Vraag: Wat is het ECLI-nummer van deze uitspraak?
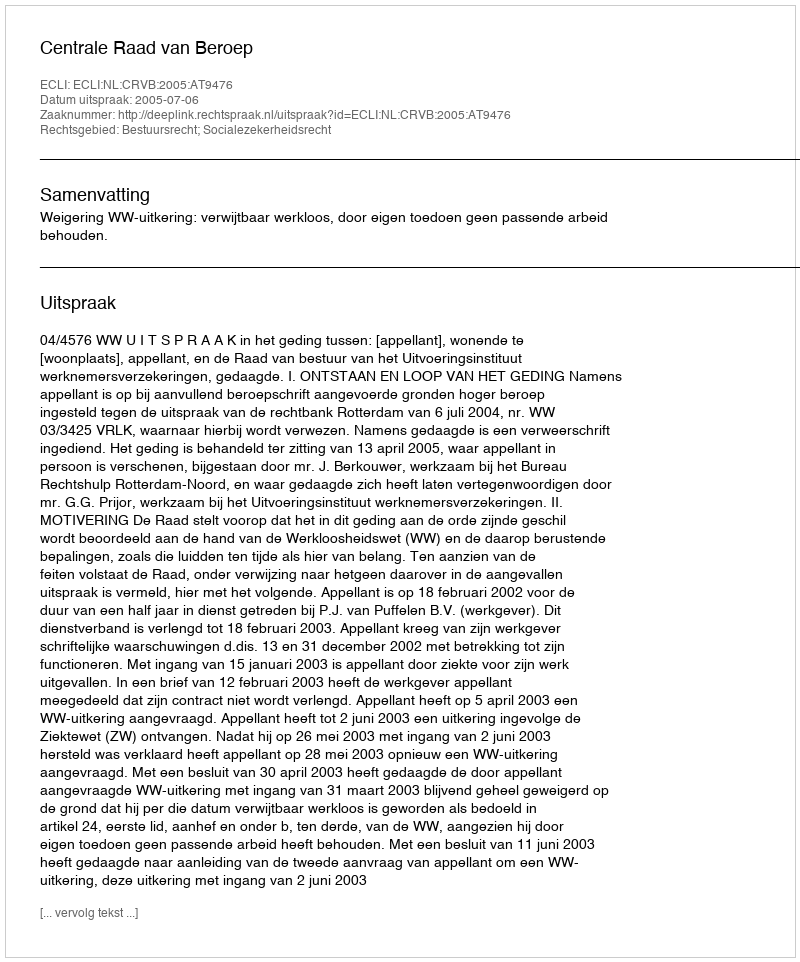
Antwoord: ECLI:NL:CRVB:2005:AT9476